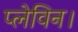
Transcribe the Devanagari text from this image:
प्लेविन।